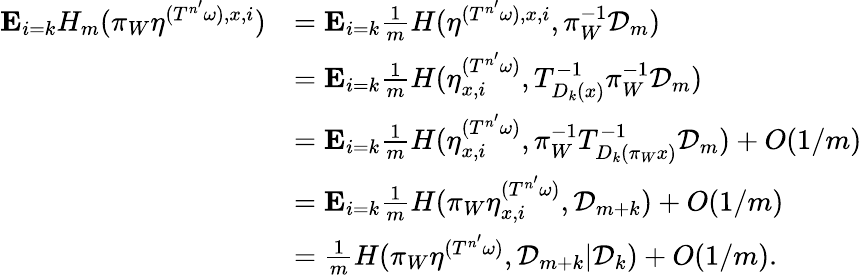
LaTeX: \begin{array}{rl}{\mathbf E_{i=k}H_{m}(\pi_{W}\eta^{({T^{n^{\prime}}}\omega),x,i})}&{=\mathbf E_{i=k}\frac{1}{m}H(\eta^{({T^{n^{\prime}}}\omega),x,i},\pi_{W}^{-1}{\mathcal D}_{m})}\\ &{=\mathbf E_{i=k}\frac{1}{m}H(\eta_{x,i}^{({T^{n^{\prime}}}\omega)},T_{D_{k}(x)}^{-1}\pi_{W}^{-1}{\mathcal D}_{m})}\\ &{=\mathbf E_{i=k}\frac{1}{m}H(\eta_{x,i}^{({T^{n^{\prime}}}\omega)},\pi_{W}^{-1}T_{D_{k}(\pi_{W}x)}^{-1}{\mathcal D}_{m})+O(1/m)}\\ &{=\mathbf E_{i=k}\frac{1}{m}H(\pi_{W}\eta_{x,i}^{({T^{n^{\prime}}}\omega)},{\mathcal D}_{m+k})+O(1/m)}\\ &{=\frac{1}{m}H(\pi_{W}\eta^{({T^{n^{\prime}}}\omega)},{\mathcal D}_{m+k}|{\mathcal D}_{k})+O(1/m).}\end{array}